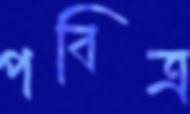
পবিত্র